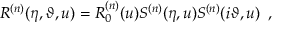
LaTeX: R ^ { ( n ) } ( \eta , \vartheta , u ) = R _ { 0 } ^ { ( n ) } ( u ) S ^ { ( n ) } ( \eta , u ) S ^ { ( n ) } ( i \vartheta , u ) \, \, \, ,